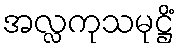
အလ္လကုသမုဋ္ဌိံ